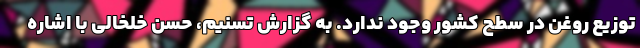
توزیع روغن در سطح کشور وجود ندارد. به گزارش تسنیم، حسن خلخالی با اشاره